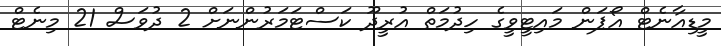
މީޑިއާނެޓް އޯޕަން މައިޓީވީގެ ހިދުމަތް އުރީދޫ ކަސްޓަމަރުންނަށް 2 ދުވަސް 21 މިނެޓް